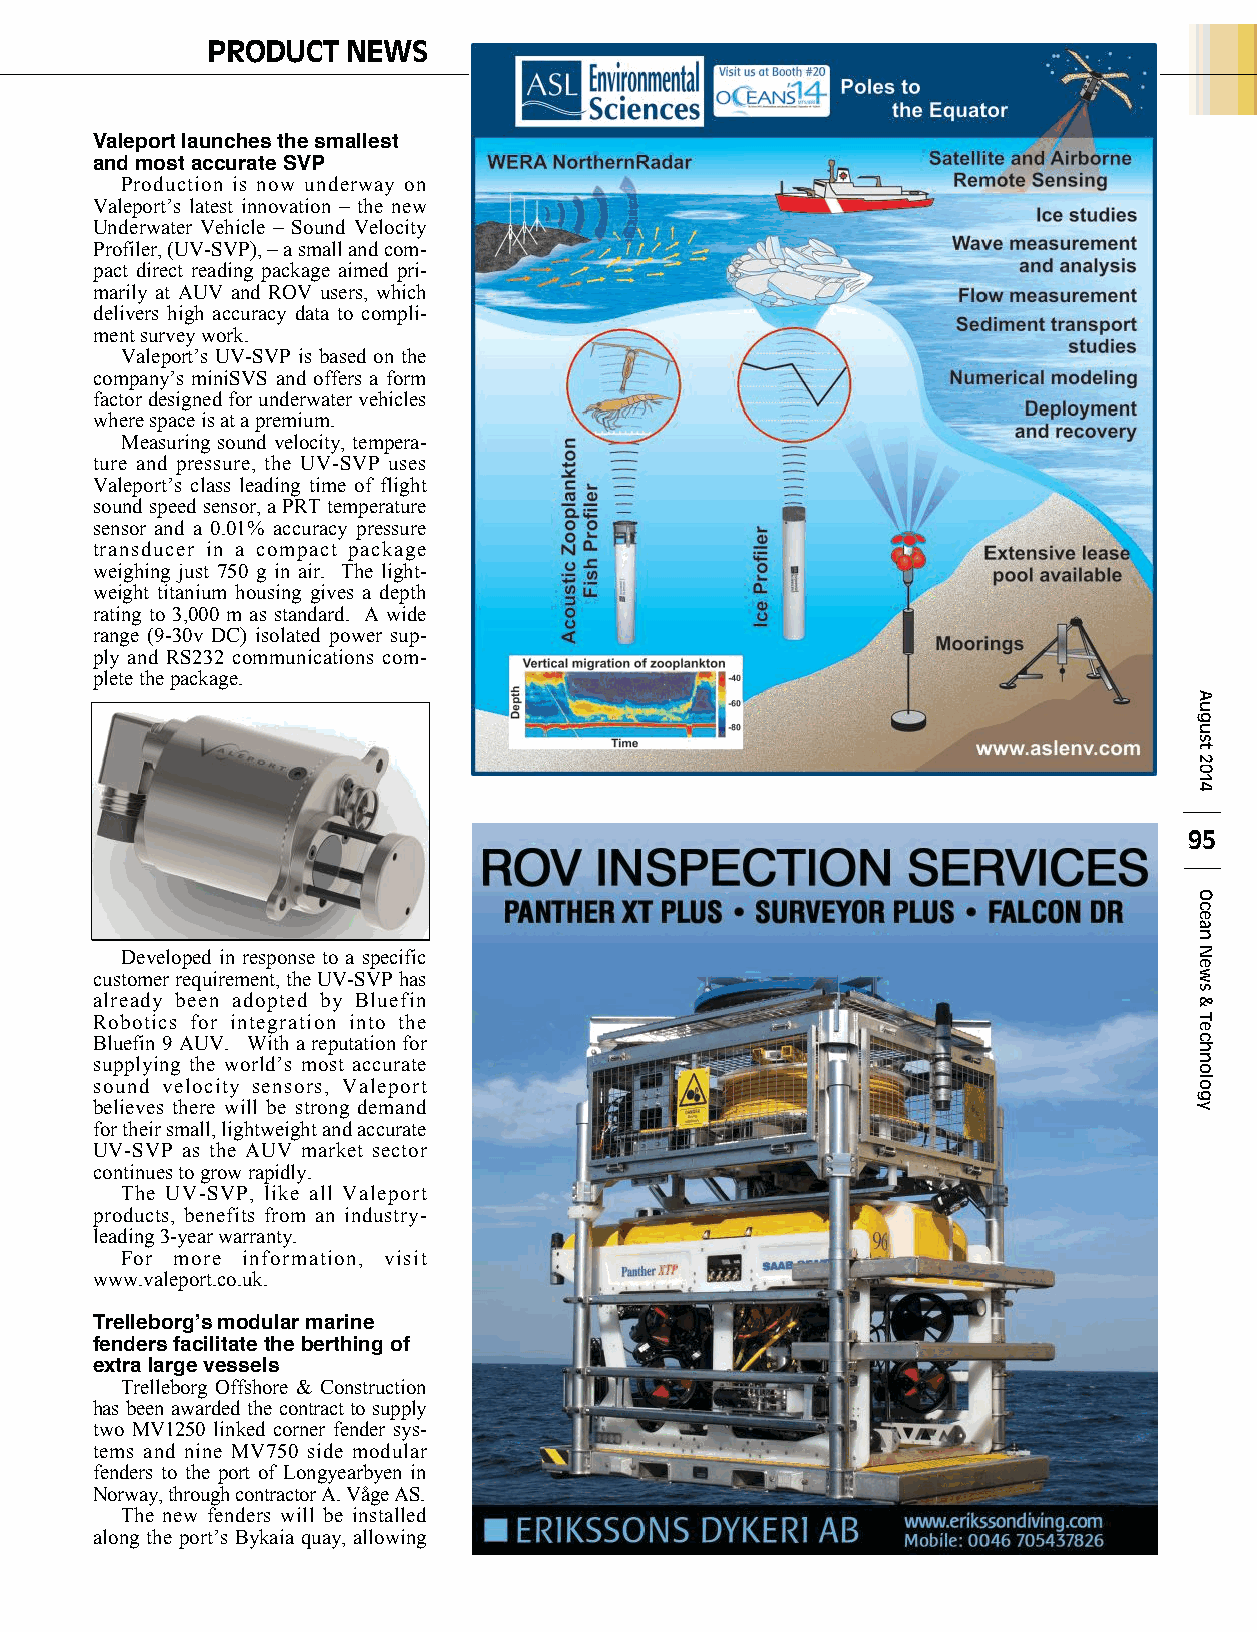
PRODUCT  NEWS
 Valeport launches the smallest
 and most accurate SVP
 Production is now underway on
 Valeport’s latest innovation – the new
 Underwater Vehicle – Sound Velocity
 Profiler, (UV-SVP), –a small and com-
 pact direct reading package aimed pri-
 marily at AUV and ROV users, which
 delivers high accuracy data to compli-
 ment survey work.
 Valeport’s UV-SVP is based on the
 company’s miniSVS and offers a form
 factor designed for underwater vehicles
 where space is at a premium.
 Measuring sound velocity, tempera-
 ture and pressure, the UV-SVP uses
 Valeport’s class leading time of flight
 sound speed sensor, a PRT temperature
 sensor and a 0.01% accuracy pressure
 transducer in a compact package
 weighing just 750 g in air. The light-
 weight titanium housing gives a depth
 rating to 3,000 m as standard. A wide
 range (9-30v DC) isolated power sup-
 ply and RS232 communications com-
 plete the package.
 95
 Developed in response to a specific
 customer requirement, the UV-SVP has
 already been adopted by Bluefin
 Robotics for integration into the
 Bluefin 9 AUV. With a reputation for
 supplying the world’s most accurate
 sound velocity sensors, Valeport
 believes there will be strong demand
 for their small, lightweight and accurate
 UV-SVP as the AUV market sector
 continues to grow rapidly.
 The UV-SVP, like all Valeport
 products, benefits from an industry-
 leading 3-year warranty.
 For more information, visit
 www.valeport.co.uk.
 Trelleborgʼs modular marine
 fenders facilitate the berthing of
 extra large vessels
 Trelleborg Offshore & Construction
 has been awarded the contract to supply
 two MV1250 linked corner fender sys-
 tems and nine MV750 side modular
 fenders to the port of Longyearbyen in
 Norway, through contractor A. Våge AS.
 The new fenders will be installed
 along the port’s Bykaia quay, allowing
 August
 2014
 Ocean
 News
 &
 Technology